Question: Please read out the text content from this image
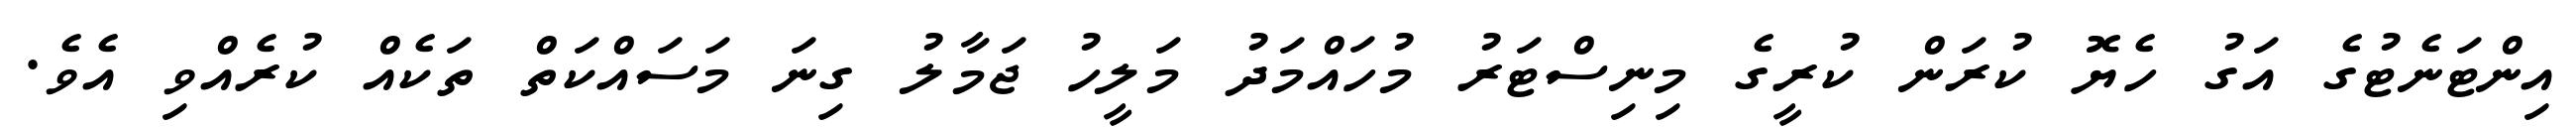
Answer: އިންޓަނެޓުގެ އަގު ހެޔޮ ކުރަން ކުރީގެ މިނިސްޓަރު މުހައްމަދު މަލީހު ޖަމާލު ގިނަ މަސައްކަތް ތަކެއް ކުރެއްވި އެވެ.